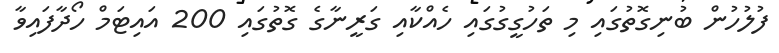
ފުލުހުން ބުނިގޮތުގައި މި ތަހުގީގުގައި ހެއްކާއި ގަރީނާގެ ގޮތުގައި 200 އައިޓަމް ހޯދާފައިވާ